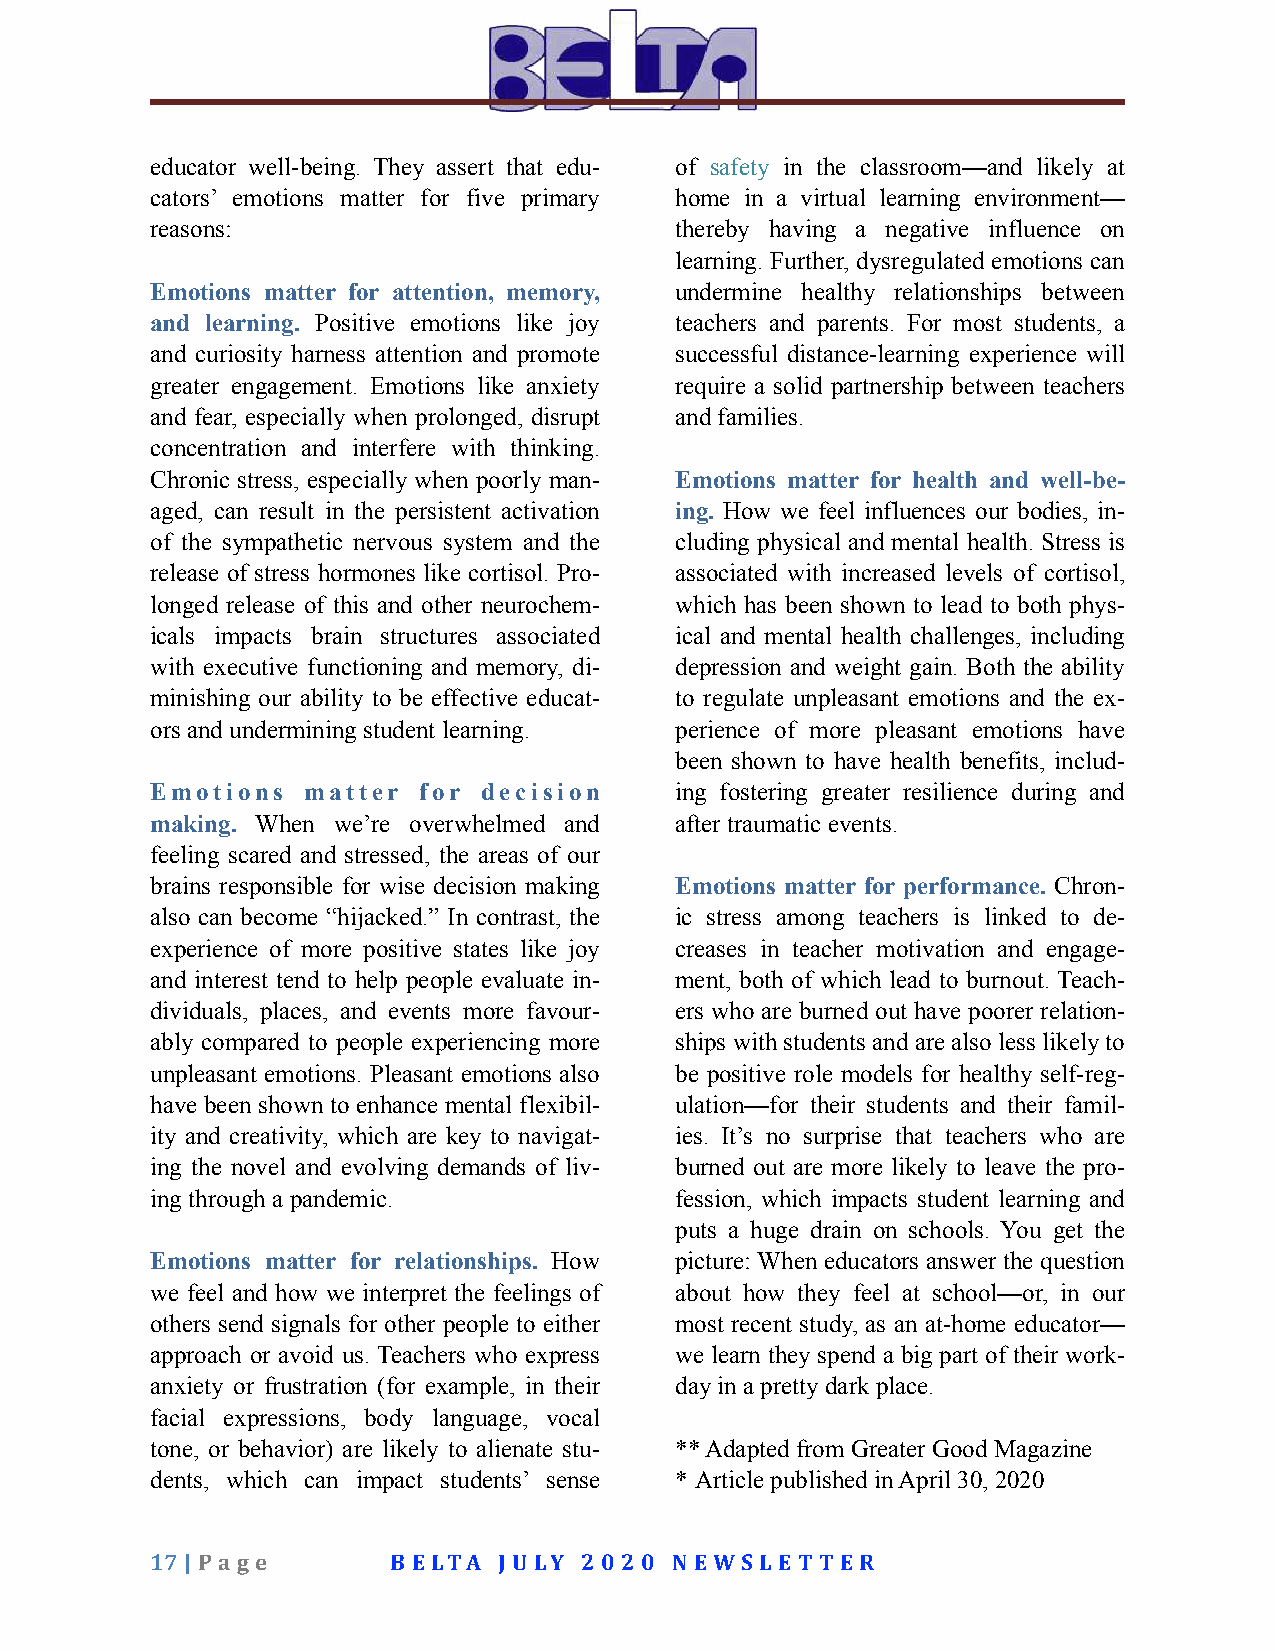
educator well-being. They assert that edu- of safety in the classroom—and likely at
 cators’ emotions matter for five primary home in a virtual learning environment—
 reasons:                           thereby having a negative influence on
 learning. Further, dysregulated emotions can
 Emotions matter for attention, memory, undermine healthy relationships between
 and learning. Positive emotions like joy teachers and parents. For most students, a
 and curiosity harness attention and promote successful distance-learning experience will
 greater engagement. Emotions like anxiety require a solid partnership between teachers
 and fear, especially when prolonged, disrupt and families.
 concentration and interfere with thinking.
 Chronic stress, especially when poorly man- Emotions matter for health and well-be-
 aged, can result in the persistent activation ing. How we feel influences our bodies, in-
 of the sympathetic nervous system and the cluding physical and mental health. Stress is
 release of stress hormones like cortisol. Pro- associated with increased levels of cortisol,
 longed release of this and other neurochem- which has been shown to lead to both phys-
 icals impacts brain structures associated ical and mental health challenges, including
 with executive functioning and memory, di- depression and weight gain. Both the ability
 minishing our ability to be effective educat- to regulate unpleasant emotions and the ex-
 ors and undermining student learning. perience of more pleasant emotions have
 been shown to have health benefits, includ-
 Emotions  matter  for decision     ing fostering greater resilience during and
 making. When we’re overwhelmed and after traumatic events.
 feeling scared and stressed, the areas of our
 brains responsible for wise decision making Emotions matter for performance. Chron-
 also can become “hijacked.” In contrast, the ic stress among teachers is linked to de-
 experience of more positive states like joy creases in teacher motivation and engage-
 and interest tend to help people evaluate in- ment, both of which lead to burnout. Teach-
 dividuals, places, and events more favour- ers who are burned out have poorer relation-
 ably compared to people experiencing more ships with students and are also less likely to
 unpleasant emotions. Pleasant emotions also be positive role models for healthy self-reg-
 have been shown to enhance mental flexibil- ulation—for their students and their famil-
 ity and creativity, which are key to navigat- ies. It’s no surprise that teachers who are
 ing the novel and evolving demands of liv- burned out are more likely to leave the pro-
 ing through a pandemic.            fession, which impacts student learning and
 puts a huge drain on schools. You get the
 Emotions matter for relationships. How picture: When educators answer the question
 we feel and how we interpret the feelings of about how they feel at school—or, in our
 others send signals for other people to either most recent study, as an at-home educator—
 approach or avoid us. Teachers who express we learn they spend a big part of their work-
 anxiety or frustration (for example, in their day in a pretty dark place.
 facial expressions, body language, vocal
 tone, or behavior) are likely to alienate stu- ** Adapted from Greater Good Magazine
 dents, which can impact students’ sense * Article published in April 30, 2020
 17 | Pa g e     B ELTA JU LY 2 0 2 0 N EWS LET T ER